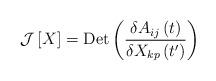
LaTeX: \begin{align*} {\cal J} \left[ X \right] = {\rm Det }\left( {\frac{{\delta {A_{ij}}\left( t \right)}}{{\delta {X_{kp}}\left( {t'} \right)}}} \right) \end{align*}